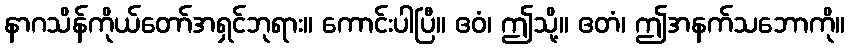
နာဂသိန်ကိုယ်တော်အရှင်ဘုရား။ ကောင်းပါပြီ။ ဧဝံ၊ ဤသို့။ ဧတံ၊ ဤအနက်သဘောကို။